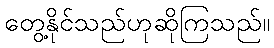
တွေ့နိုင်သည်ဟုဆိုကြသည်။